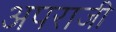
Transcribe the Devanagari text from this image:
अपराजी